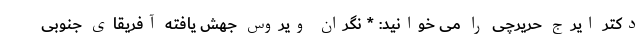
دکتر ایرج حریرچی را می خوانید: * نگران ویروس جهش یافته آفریقای جنوبی